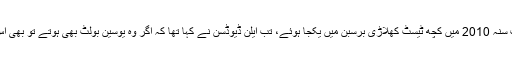
اس ٹیسٹ کی 50 ویں سالگرہ کے موقعے پر جب سنہ 2010 میں کچھ ٹیسٹ كھلاڑی برسبن میں یکجا ہوئے، تب ایلن ڈیوڈسن نے کہا تھا کہ اگر وہ يوسین بولٹ بھی ہوتے تو بھی اس دن سولومن کی تھرو پر رن آؤٹ ہو گئے ہوتے۔